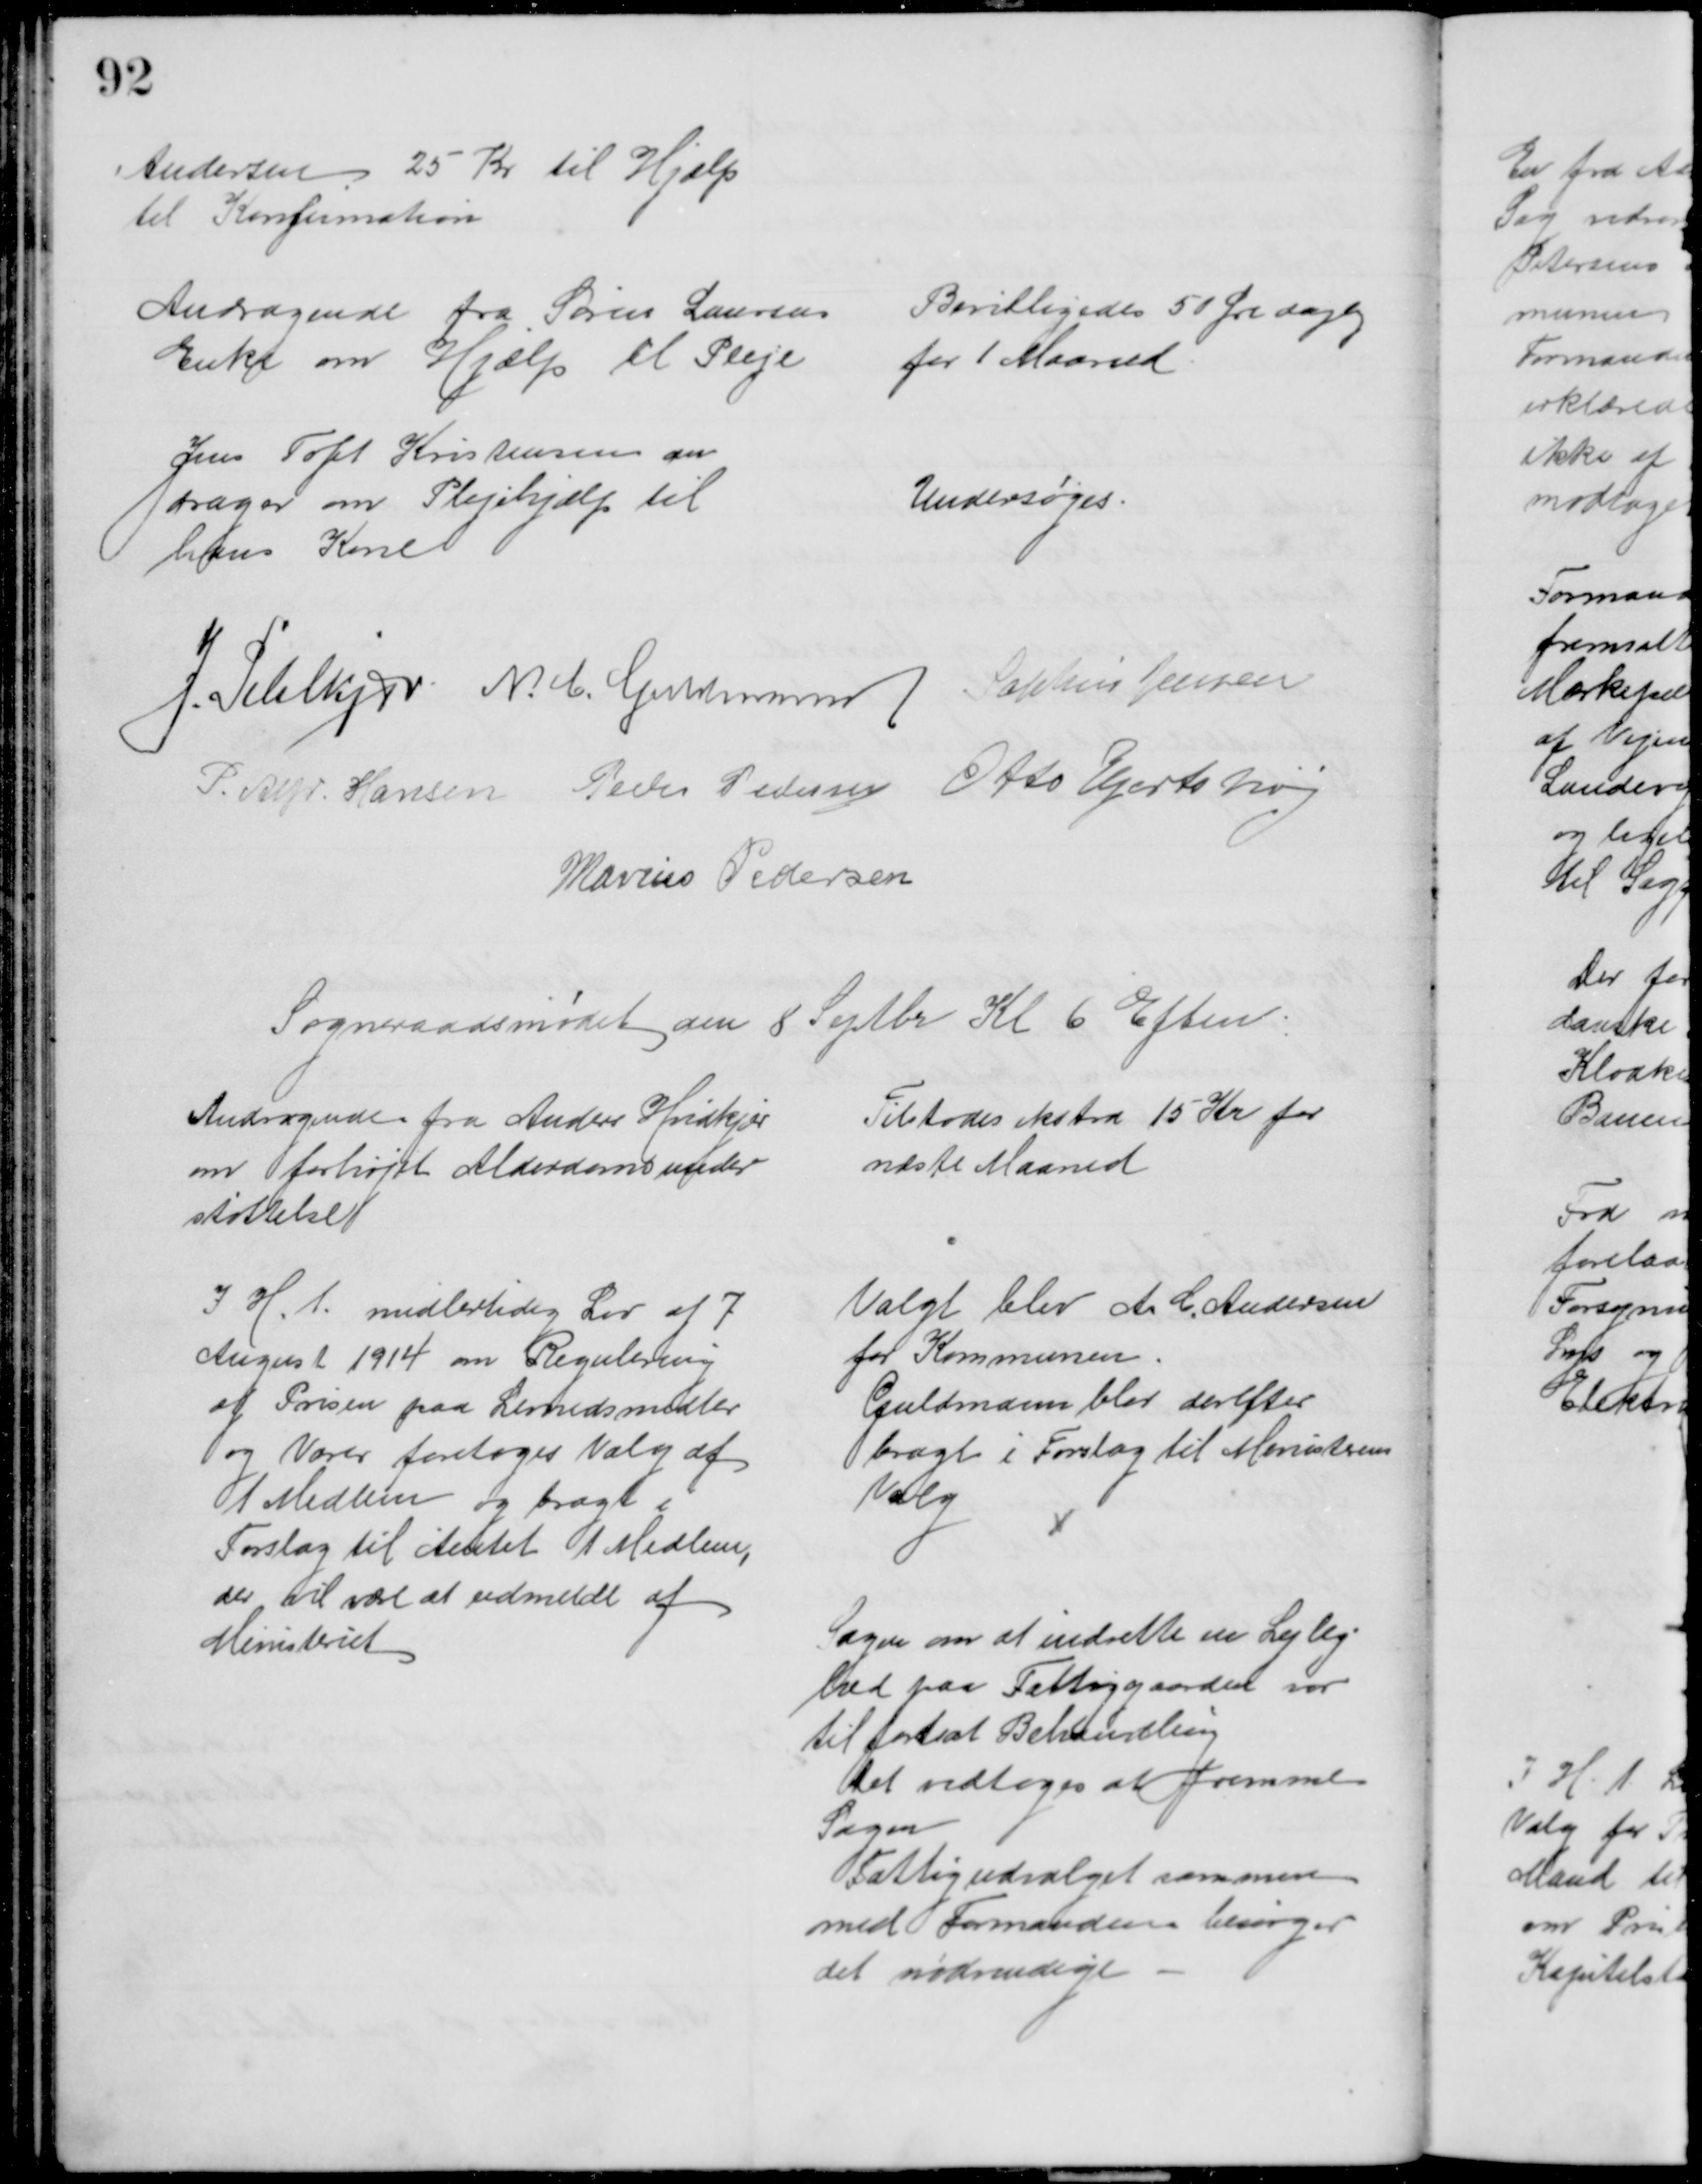
Transskription:
Andersen 25 Kr til Hjælp
til Konfirmation
Andragende fra Søren Laursens
Enke om Hjælp til Pleje
Bevilligedes 50 Øre daglig
for 1 Maaned
Jens Toft Kristensen an
drager om Plejehjælp til
hans Kone
Undersøges
J. Pihlkjær N. C. Guldmann Sophus Jensen
P. Alfr. Hansen Peder Pedersen Otto Hjortshøj
Marius Pedersen
Sogneraadsmødet den 8 Septbr Kl. 6 Eftm
Andragende fra Anders Hvidkjær
om forhøjet Alderdomsunder
støttelse
Tilstodes ekstra 15 Kr for
næste Maaned
I H. t. midlertidig Lov af 7
August 1914 om Regulering
af Prisen paa Levnedsmidler
og Varer foretoges Valg af 
1 Medlem og bragt i
Forslag til Amtet 1 Medlem,
der vil være at udmelde af 
Ministeriet
Valgt blev A. C. Andersen
for Kommunen
Guldmann blev derefter
bragt i Forslag til Ministerens
Valg
Sagen om at indrette en Lejlig-
hed paa Fattiggaarden var
til fortsat Behandling
Det vedtoges at fremme
Sagen
Fattigudvalget sammen
med Formanden besøger
det nødvendige